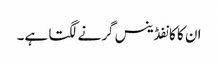
ان کا کانفڈینس گرنے لگتا ہے۔